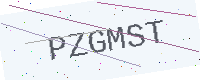
Text: PZGMST